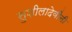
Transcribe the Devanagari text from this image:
सुशीलादेवींनी